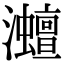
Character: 灗